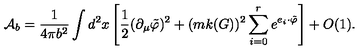
{ \cal A } _ { b } = \frac { 1 } { 4 \pi b ^ { 2 } } \int d ^ { 2 } x \left[ \frac 1 { 2 } ( \partial _ { \mu } \tilde { \varphi } ) ^ { 2 } + ( m k ( G ) ) ^ { 2 } \sum _ { i = 0 } ^ { r } e ^ { e _ { i } \cdot \tilde { \varphi } } \right] + O ( 1 ) .